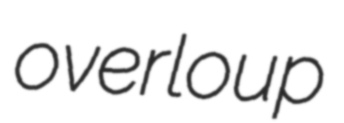
overloup